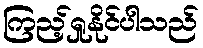
ကြည့်ရှုနိုင်ပါသည်